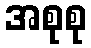
အစုစု